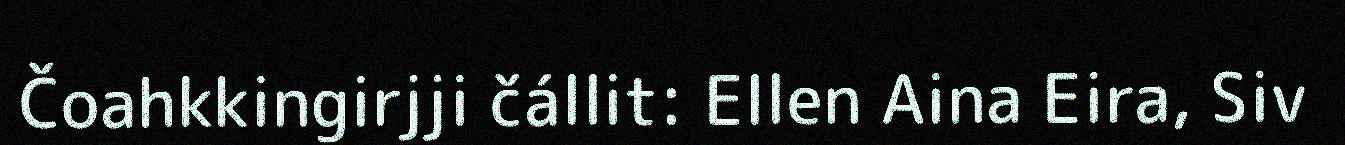
Čoahkkingirjji čállit: Ellen Aina Eira, Siv